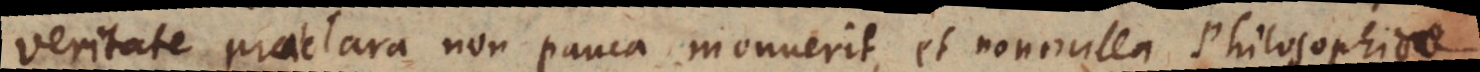
Veritate praeclara non pauca monuerit, et nonnulla Philosophi